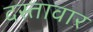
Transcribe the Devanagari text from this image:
दस्तावार